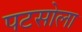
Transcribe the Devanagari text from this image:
पटसोला